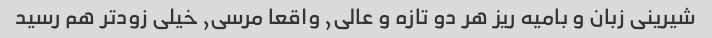
شیرینی زبان و بامیه ریز هر دو تازه و عالی, واقعا مرسی, خیلی زودتر هم رسید